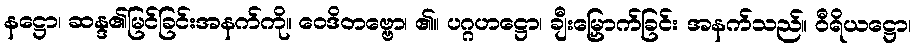
နဋ္ဌော၊ ဆန္ဒ၏မြင်ခြင်းအနက်ကို။ ဝေဒိတဗ္ဗော၊ ၏။ ပဂ္ဂဟဋ္ဌော၊ ချီးမြှောက်ခြင်း အနက်သည်။ ဝီရိယဋ္ဌော၊